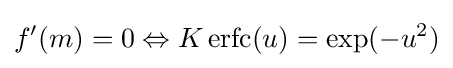
f'(m)=0\Leftrightarrow K\operatorname {erfc} (u)=\exp(-u^{2})